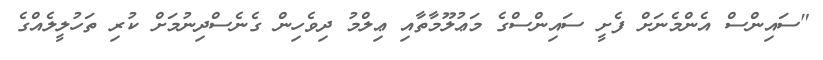
"ސައިންސް އެންމެނަށް ފެށީ ސައިންސްގެ މަޢުލޫމާތާއި ޢިލްމު ދިވެހިން ގެނެސްދިނުމަށް ކުރި ތަހުލީލެއްގެ